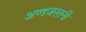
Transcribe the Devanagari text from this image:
अण्डजस्तनी